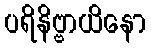
ပရိနိဗ္ဗာယိနော